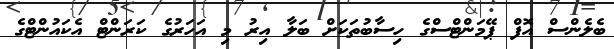
ބެލެންސް އޮފް ޕޭމަންޓްސްގެ ހިސާބުތަކަށް ބަލާ އިރު މި އަހަރުގެ ކަރަންޓް އެކައުންޓްގެ